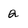
Character: Q